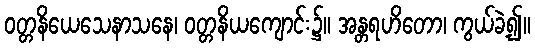
ဝတ္တနိယေသေနာသနေ၊ ဝတ္တနိယကျောင်း၌။ အန္တရဟိတော၊ ကွယ်ခဲ့၍။